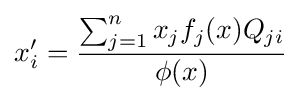
x'_{i}={\frac {\sum _{j=1}^{n}{x_{j}f_{j}(x)Q_{ji}}}{\phi (x)}}